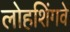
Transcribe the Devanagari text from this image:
लोहशिंगवे